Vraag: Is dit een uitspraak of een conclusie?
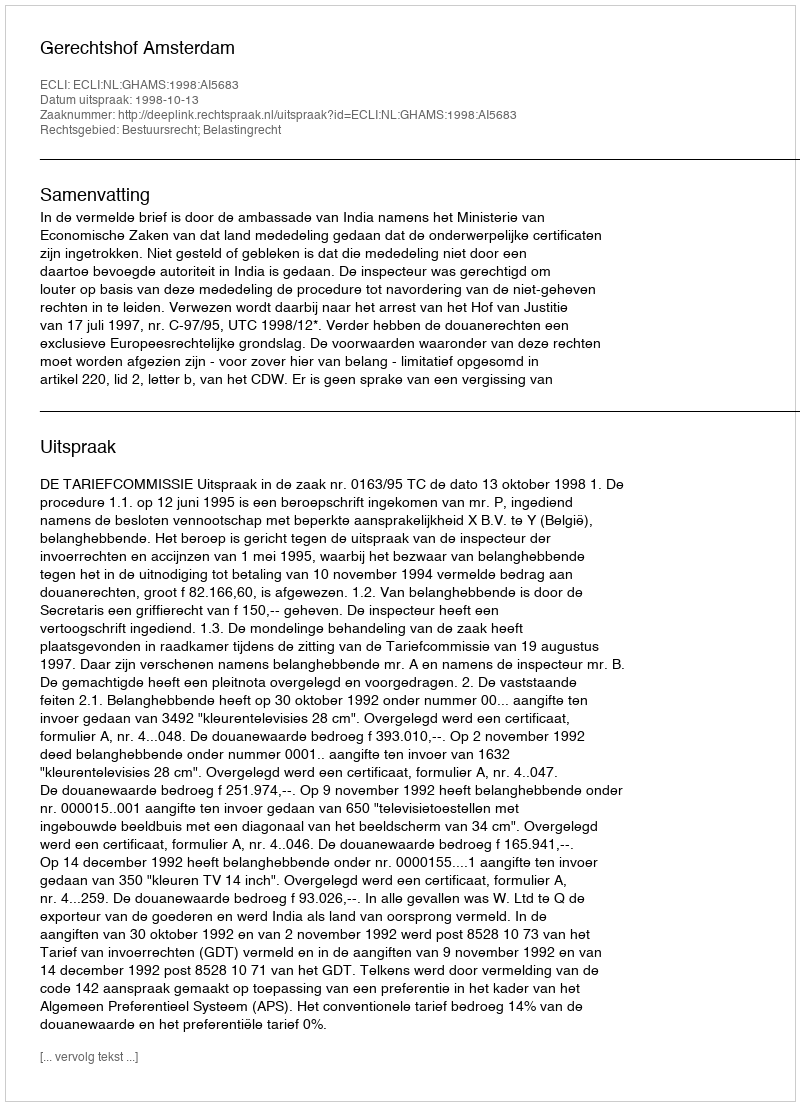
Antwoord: Uitspraak